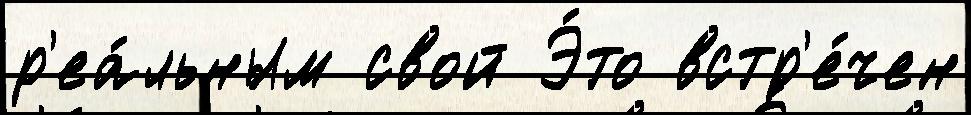
р'еа́льным свой Э́то встр'е́чен